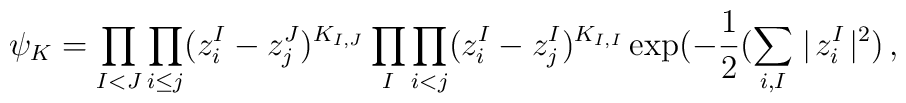
\psi_K = \prod_{I<J} \prod_{i\leq j}(z_i^I - z_j^J)^{K_{I,J}}\prod_I         \prod_{i<j}(z_i^I - z_j^I)^{K_{I,I}}         \exp(-{1\over 2}(\sum_{i,I} \mid\! z_i^I \! \mid^2)\,,